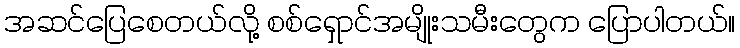
အဆင်ပြေစေတယ်လို့ စစ်ရှောင်အမျိုးသမီးတွေက ပြောပါတယ်။